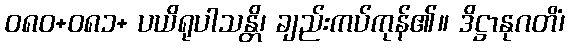
ဝ၈၀+၀၈၁+ ပယိရုပါသန္တိ၊ ချည်းကပ်ကုန်၏။ ဒိဋ္ဌာနုဂတိံ၊